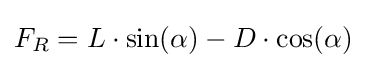
F_{R}=L\cdot \sin(\alpha )-D\cdot \cos(\alpha )